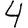
Digit: 4